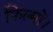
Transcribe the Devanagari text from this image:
फिल्मों।